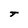
Character: T